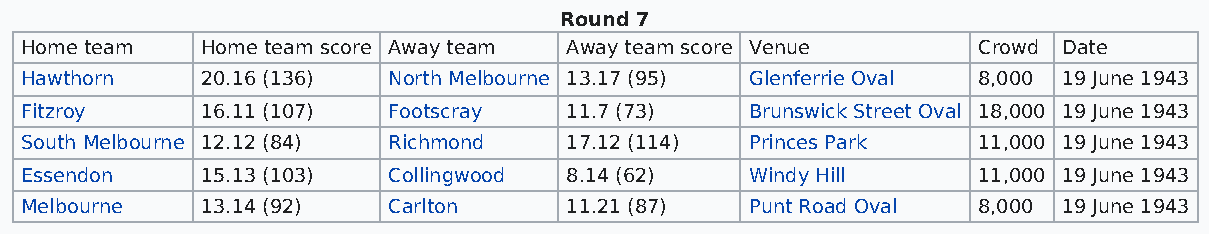
Round 7
 Home team   Home team score Away team Away team score Venue     Crowd Date
 Hawthorn    20.16 (136)  North Melbourne 13.17 (95) Glenferrie Oval 8,000 19 June 1943
 Fitzroy     16.11 (107)  Footscray  11.7 (73)    Brunswick Street Oval 18,000 19 June 1943
 South Melbourne 12.12 (84) Richmond 17.12 (114)  Princes Park   11,000 19 June 1943
 Essendon    15.13 (103)  Collingwood 8.14 (62)   Windy Hill     11,000 19 June 1943
 Melbourne   13.14 (92)   Carlton    11.21 (87)   Punt Road Oval 8,000 19 June 1943